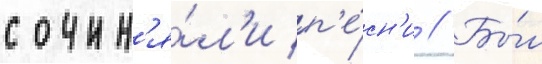
сочин'я́л'и п'е́сн'и // Бы́л